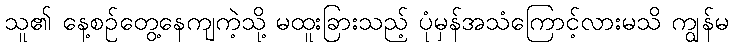
သူ၏ နေ့စဉ်တွေ့နေကျကဲ့သို့ မထူးခြားသည့် ပုံမှန်အသံကြောင့်လားမသိ ကျွန်မ